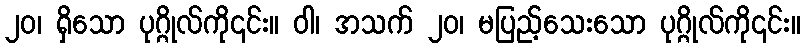
၂၀၊ ရှိသော ပုဂ္ဂိုလ်ကို၎င်း။ ဝါ၊ အသက် ၂၀၊ မပြည့်သေးသော ပုဂ္ဂိုလ်ကို၎င်း။